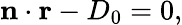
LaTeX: \mathbf{n}\cdot\mathbf{r}-D_{0}=0,